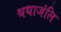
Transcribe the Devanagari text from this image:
श्रधाजंलि